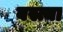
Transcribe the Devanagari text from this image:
बस्त्या